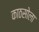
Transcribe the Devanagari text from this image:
काठसोला